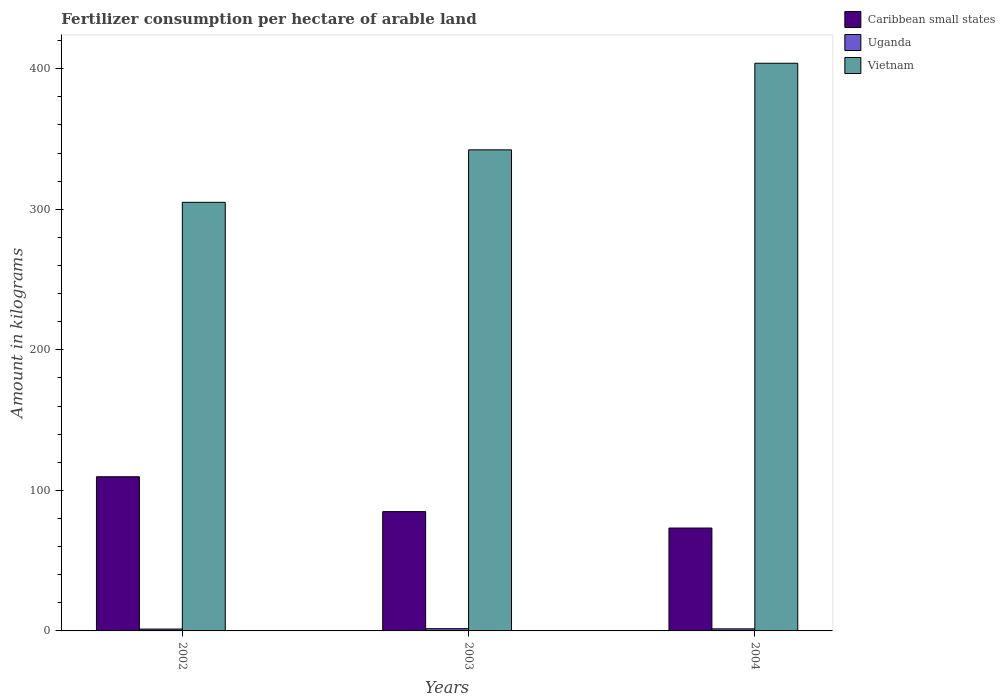
| Years | Caribbean small states | Uganda | Vietnam |
 | --- | --- | --- | --- |
 | 2002 | 110 | 1.33 | 305 |
 | 2003 | 84.9 | 1.6 | 342 |
 | 2004 | 73.2 | 1.47 | 404 |